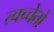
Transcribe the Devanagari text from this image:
त्वच्चेतो